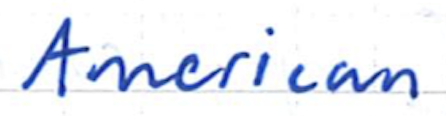
Text: American
Cross-out: clean
Writing tool: ballpoint